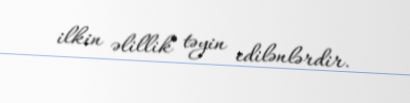
ilkin əlillik təyin edilənlərdir.